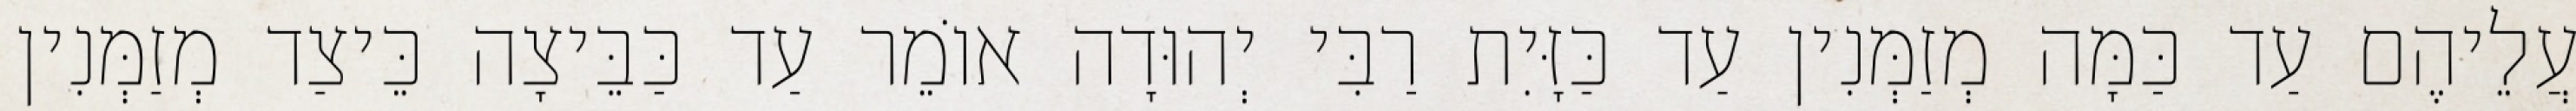
עֲלֵיהֶם עַד כַּמָּה מְזַמְּנִין עַד כַּזָּיִת רַבִּי יְהוּדָה אוֹמֵר עַד כַּבֵּיצָה כֵּיצַד מְזַמְּנִין